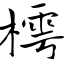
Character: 樗